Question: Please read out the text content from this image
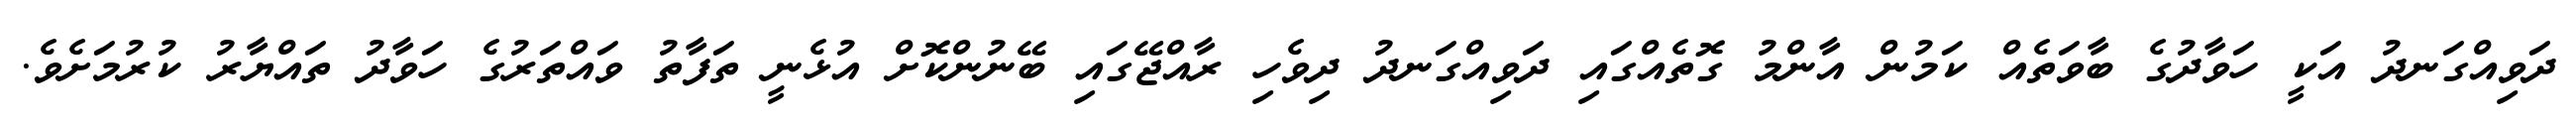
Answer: ދަވިއްގަނދު އަކީ ހަވާދުގެ ބާވަތެއް ކަމުން އާންމު ގޮތެއްގައި ދަވިއްގަނދު ދިވެހި ރާއްޖޭގައި ބޭނުންކޮށް އުޅެނީ ތަފާތު ވައްތަރުގެ ހަވާދު ތައްޔާރު ކުރުމަށެވެ.